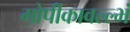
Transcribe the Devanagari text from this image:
गोपीकावल्ल्भं